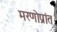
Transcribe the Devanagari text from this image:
मरणोप्रांत